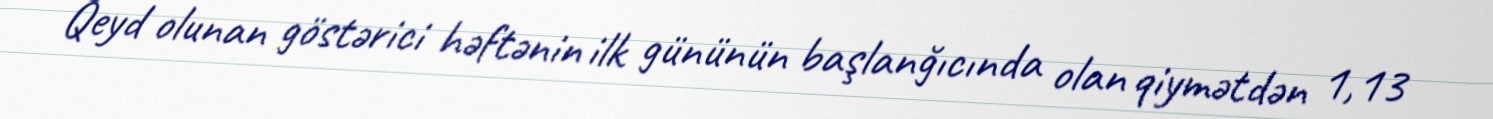
Qeyd olunan göstərici həftənin ilk gününün başlanğıcında olan qiymətdən 1,13